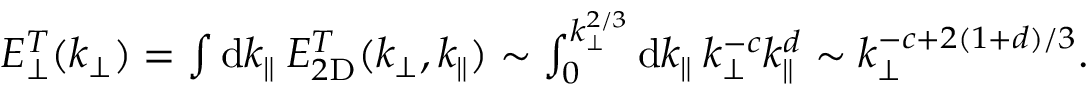
\begin{array} { r } { E _ { \perp } ^ { T } ( k _ { \perp } ) = \int \mathrm { d } k _ { \parallel } \: E _ { 2 \mathrm { D } } ^ { T } ( k _ { \perp } , k _ { \parallel } ) \sim \int _ { 0 } ^ { k _ { \perp } ^ { 2 / 3 } } \mathrm { d } k _ { \parallel } \: k _ { \perp } ^ { - c } k _ { \parallel } ^ { d } \sim k _ { \perp } ^ { - c + 2 ( 1 + d ) / 3 } . } \end{array}